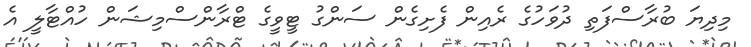
މިދިޔަ ބުރާސްފަތި ދުވަހުގެ ރެއިން ފެށިގެން ސަންގު ޓީވީގެ ޓްރާންސްމިޝަން ހުއްޓާލީ އެ